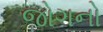
જોગનો